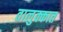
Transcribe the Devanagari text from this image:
तालुक्कात